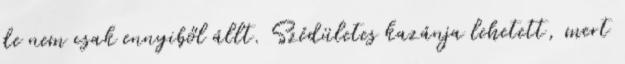
de nem csak ennyiből állt. Szédületes kazánja lehetett, mert